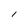
Character: l